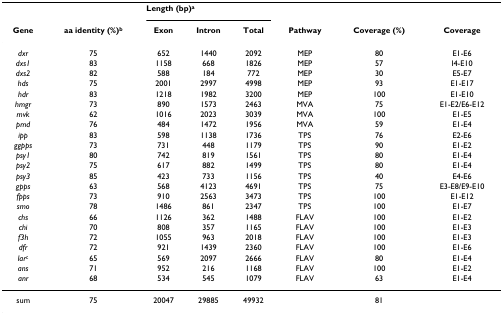
<table><thead><tr><td></td><td></td><td colspan="3"><b>Length (bp)<sup>a</sup></b></td><td></td><td></td><td></td></tr><tr><td><b>Gene</b></td><td><b>aa identity (%)<sup>b</sup></b></td><td><b>Exon</b></td><td><b>Intron</b></td><td><b>Total</b></td><td><b>Pathway</b></td><td><b>Coverage (%)</b></td><td><b>Coverage</b></td></tr></thead><tbody><tr><td><i>dxr</i></td><td>75</td><td>652</td><td>1440</td><td>2092</td><td>MEP</td><td>80</td><td>E1-E6</td></tr><tr><td><i>dxs1</i></td><td>83</td><td>1158</td><td>668</td><td>1826</td><td>MEP</td><td>57</td><td>I4-E10</td></tr><tr><td><i>dxs2</i></td><td>82</td><td>588</td><td>184</td><td>772</td><td>MEP</td><td>30</td><td>E5-E7</td></tr><tr><td><i>hds</i></td><td>75</td><td>2001</td><td>2997</td><td>4998</td><td>MEP</td><td>93</td><td>E1-E17</td></tr><tr><td><i>hdr</i></td><td>83</td><td>1218</td><td>1982</td><td>3200</td><td>MEP</td><td>100</td><td>E1-E10</td></tr><tr><td><i>hmgr</i></td><td>73</td><td>890</td><td>1573</td><td>2463</td><td>MVA</td><td>75</td><td>E1-E2/E6-E12</td></tr><tr><td><i>mvk</i></td><td>62</td><td>1016</td><td>2023</td><td>3039</td><td>MVA</td><td>100</td><td>E1-E5</td></tr><tr><td><i>pmd</i></td><td>76</td><td>484</td><td>1472</td><td>1956</td><td>MVA</td><td>59</td><td>E1-E4</td></tr><tr><td><i>ipp</i></td><td>83</td><td>598</td><td>1138</td><td>1736</td><td>TPS</td><td>76</td><td>E2-E6</td></tr><tr><td><i>ggpps</i></td><td>73</td><td>731</td><td>448</td><td>1179</td><td>TPS</td><td>90</td><td>E1-E2</td></tr><tr><td><i>psy1</i></td><td>80</td><td>742</td><td>819</td><td>1561</td><td>TPS</td><td>80</td><td>E1-E4</td></tr><tr><td><i>psy2</i></td><td>75</td><td>617</td><td>882</td><td>1499</td><td>TPS</td><td>80</td><td>E1-E4</td></tr><tr><td><i>psy3</i></td><td>85</td><td>423</td><td>733</td><td>1156</td><td>TPS</td><td>40</td><td>E4-E6</td></tr><tr><td><i>gpps</i></td><td>63</td><td>568</td><td>4123</td><td>4691</td><td>TPS</td><td>75</td><td>E3-E8/E9-E10</td></tr><tr><td><i>fpps</i></td><td>73</td><td>910</td><td>2563</td><td>3473</td><td>TPS</td><td>100</td><td>E1-E12</td></tr><tr><td><i>smo</i></td><td>78</td><td>1486</td><td>861</td><td>2347</td><td>TPS</td><td>100</td><td>E1-E7</td></tr><tr><td><i>chs</i></td><td>66</td><td>1126</td><td>362</td><td>1488</td><td>FLAV</td><td>100</td><td>E1-E2</td></tr><tr><td><i>chi</i></td><td>70</td><td>808</td><td>357</td><td>1165</td><td>FLAV</td><td>100</td><td>E1-E3</td></tr><tr><td><i>f3h</i></td><td>72</td><td>1055</td><td>963</td><td>2018</td><td>FLAV</td><td>100</td><td>E1-E3</td></tr><tr><td><i>dfr</i></td><td>72</td><td>921</td><td>1439</td><td>2360</td><td>FLAV</td><td>100</td><td>E1-E6</td></tr><tr><td><i>lar</i><sup>c</sup></td><td>65</td><td>569</td><td>2097</td><td>2666</td><td>FLAV</td><td>80</td><td>E1-E4</td></tr><tr><td><i>ans</i></td><td>71</td><td>952</td><td>216</td><td>1168</td><td>FLAV</td><td>100</td><td>E1-E2</td></tr><tr><td><i>anr</i></td><td>68</td><td>534</td><td>545</td><td>1079</td><td>FLAV</td><td>63</td><td>E1-E4</td></tr><tr><td>sum</td><td>75</td><td>20047</td><td>29885</td><td>49932</td><td></td><td>81</td><td></td></tr></tbody></table>